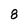
Character: 8